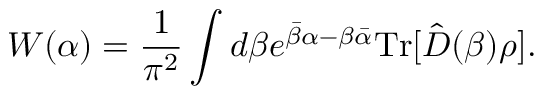
W ( \alpha ) = \frac { 1 } { \pi ^ { 2 } } \int d \beta e ^ { \bar { \beta } \alpha - \beta \bar { \alpha } } \mathrm { T r } [ \hat { D } ( \beta ) \rho ] .